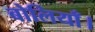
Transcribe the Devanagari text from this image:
बोलियाँ।